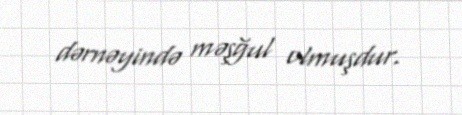
dərnəyində məşğul olmuşdur.